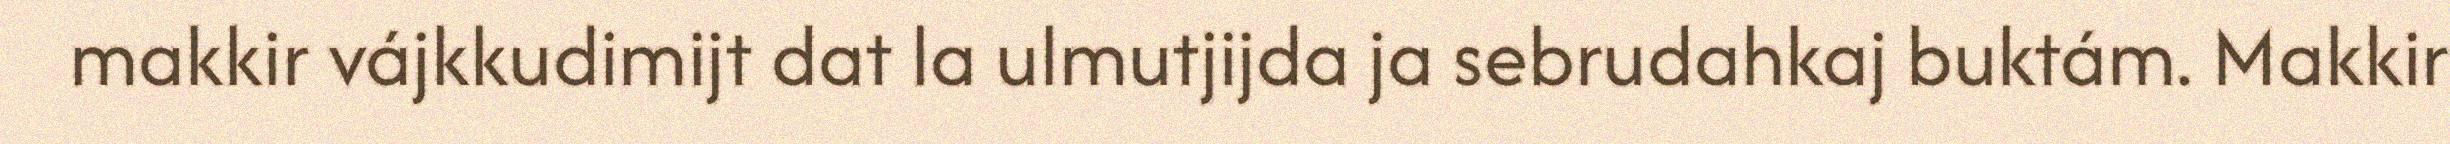
makkir vájkkudimijt dat la ulmutjijda ja sebrudahkaj buktám. Makkir